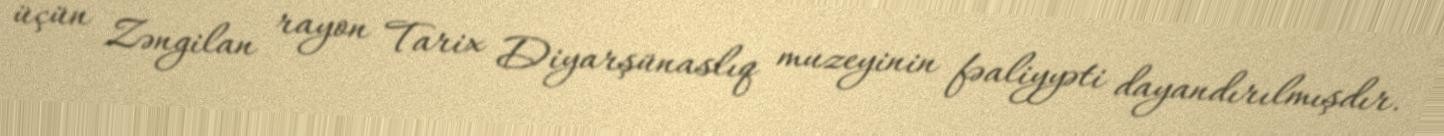
üçün Zəngilan rayon Tarix Diyarşünaslıq muzeyinin fəaliyyəti dayandırılmışdır.